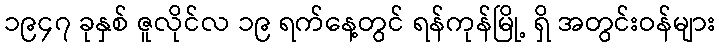
၁၉၄၇ ခုနှစ် ဇူလိုင်လ ၁၉ ရက်နေ့တွင် ရန်ကုန်မြို့ ရှိ အတွင်းဝန်များ